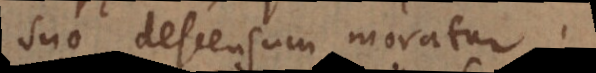
suo descensum moratur.